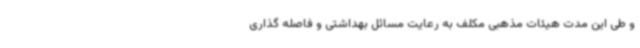
و طی این مدت هیئات مذهبی مکلف به رعایت مسائل بهداشتی و فاصله گذاری